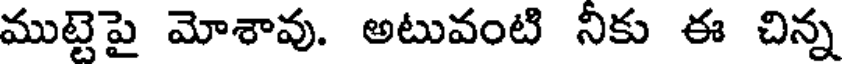
ముట్టెపై మోశావు. అటువంటి నీకు ఈ చిన్న